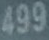
499